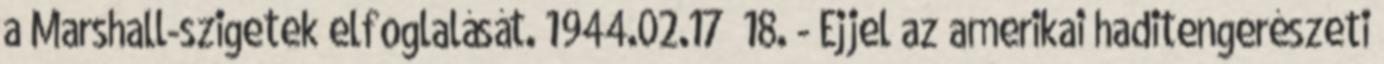
a Marshall-szigetek elfoglalását. 1944.02.17 18. - Éjjel az amerikai haditengerészeti